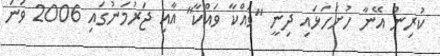
ކުރިން އޭނާ ހުށަހަޅައި ދިނީ "ވައްކާ ވައްކާ" އާއި ޖަރުމަނުގައި 2006 ވަނަ